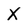
Character: X